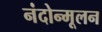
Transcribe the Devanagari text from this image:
नंदोन्मूलन